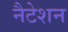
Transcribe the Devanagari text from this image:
नैटेशन